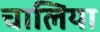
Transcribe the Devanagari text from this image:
चालिया